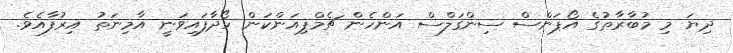
ދިޔަ މި މުބާރާތުގެ އޯޕަންސް ސިންގަލްސް އަންހެން ޗެމްޕިއަންކަން ހޯދާފައިވަނީ އާމިނަތު އިރުފާއެވެ.